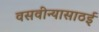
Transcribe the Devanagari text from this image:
वसवीन्यासाठई